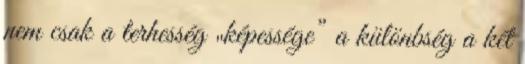
nem csak a terhesség „képessége” a különbség a két